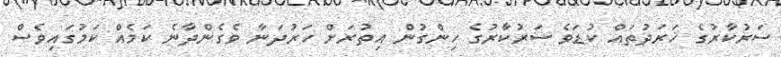
ސަރުކާރުގެ ޚަރަދުތައް ކުޑަވެ ސަރުކާރުގެ ހިންގުން އިތުރަށް ހަރުދަނާ ވެގެންދާނެ ކަމެއް ކަމުގައިވެސް